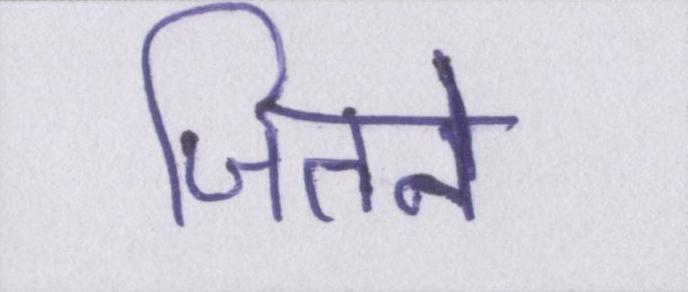
जितने